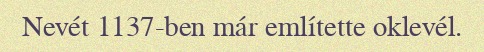
Nevét 1137-ben már említette oklevél.